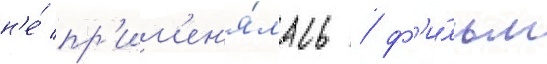
н'е́ пр'им'ен'я́лась / ф'и́льм